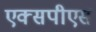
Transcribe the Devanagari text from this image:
एक्सपीएस